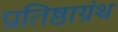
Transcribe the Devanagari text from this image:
प्रतिष्ठाग्रंथ